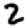
Digit: 2